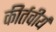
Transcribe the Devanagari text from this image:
कीर्तवीर्य